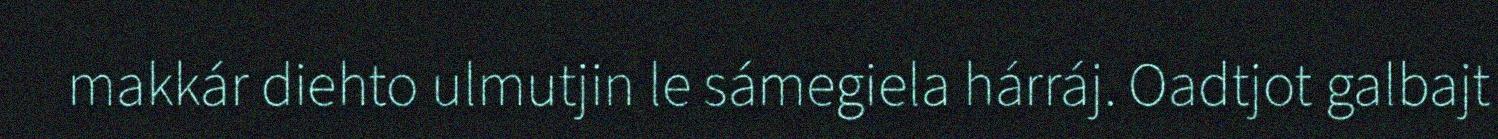
makkár diehto ulmutjin le sámegiela hárráj. Oadtjot galbajt